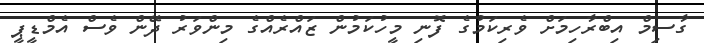
ގާސިމް އިބްރާހިމަށް ވެރިކަމުގެ ފޮނި މީހުކަމުން ޒައްރެއްގެ މިންވަރު ދޭން ވެސް އެމްޑީޕީ